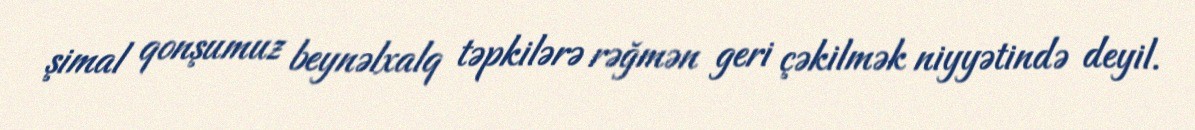
şimal qonşumuz beynəlxalq təpkilərə rəğmən geri çəkilmək niyyətində deyil.